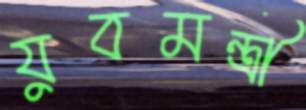
যুবমন্ত্রী